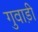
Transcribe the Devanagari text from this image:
गुवाड़ी